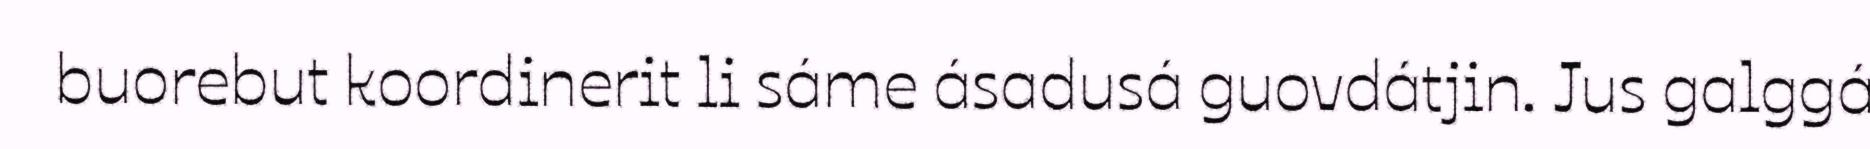
buorebut koordinerit li sáme ásadusá guovdátjin. Jus galggá